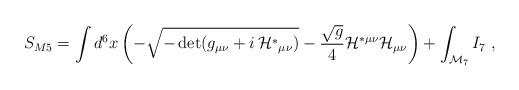
LaTeX: \begin{align*}S_{M5}=\int d^6 x \left(- \sqrt{-\det (g_{\mu\nu}+i\, {\cal H}^*{}_{\mu\nu})}-\frac{\sqrt{g}}4 {\cal H}^{*\mu\nu}{\cal H}_{\mu\nu} \right)+\int_{{\cal M}_7} I_7\ , \end{align*}